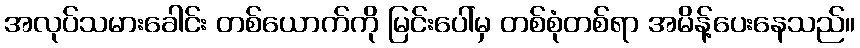
အလုပ်သမားခေါင်း တစ်ယောက်ကို မြင်းပေါ်မှ တစ်စုံတစ်ရာ အမိန့်ပေးနေသည်။